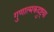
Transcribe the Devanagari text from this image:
गुणात्मकदुष्ट्या